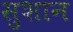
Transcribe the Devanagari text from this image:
सुशान